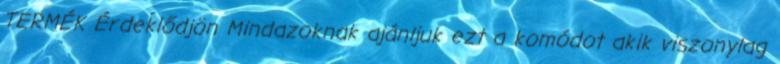
TERMÉK Érdeklődjön Mindazoknak ajánljuk ezt a komódot akik viszonylag